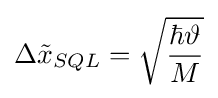
\Delta {\tilde {x}}_{SQL}={\sqrt {\frac {\hbar \vartheta }{M}}}